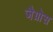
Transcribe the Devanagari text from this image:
जैग्रोस